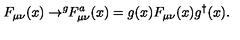
F _ { \mu \nu } ( x ) \rightarrow ^ { g } \! \! F _ { \mu \nu } ^ { a } ( x ) = g ( x ) F _ { \mu \nu } ( x ) g ^ { \dagger } ( x ) .